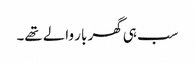
سب ہی گھر بار والے تھے۔